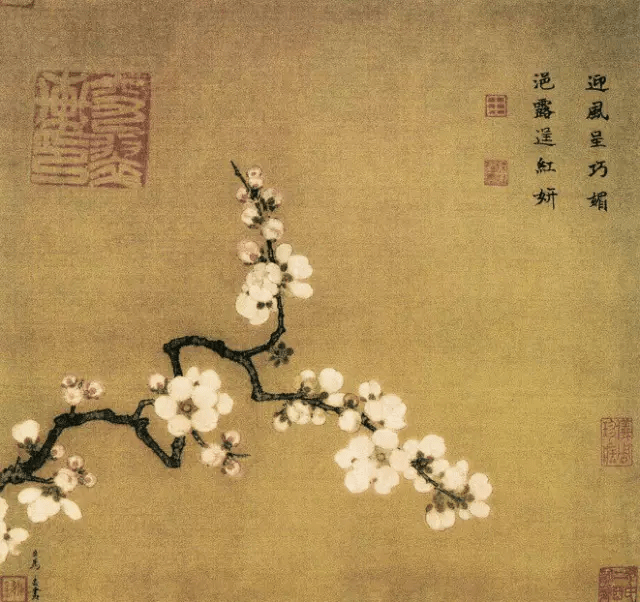
人不可以无耻，无耻之耻，无耻矣。